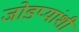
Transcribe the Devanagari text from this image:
जोडप्यांशी